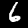
Label: 6